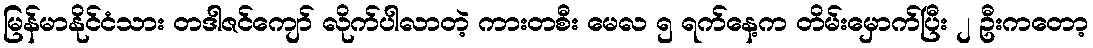
မြန်မာနိုင်ငံသား တဒါဇင်ကျော် လိုက်ပါလာတဲ့ ကားတစီး မေလ ၅ ရက်နေ့က တိမ်းမှောက်ပြီး ၂ ဦးကတော့